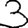
Digit: 3